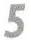
5